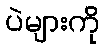
ပဲများကို